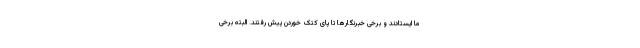
ما ایستادند و برخی خبرنگارها تا پای کتک خوردن پیش رفتند. البته برخی